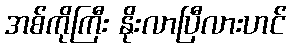
အစ်ကိုကြီး နိုးလာပြီလားဟင်